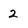
Character: 2